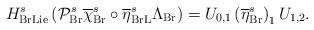
LaTeX: \begin{align*}H_{\mathrm{BrLie}}^{s}\left( \mathcal{P}_{\mathrm{Br}}^{s}\overline{\chi }_{\mathrm{Br}}^{s}\circ \overline{\eta }_{\mathrm{BrL}}^{s}\Lambda _{\mathrm{Br}}\right) =U_{0,1}\left( \overline{\eta }_{\mathrm{Br}}^{s}\right)_{1}U_{1,2}. \end{align*}